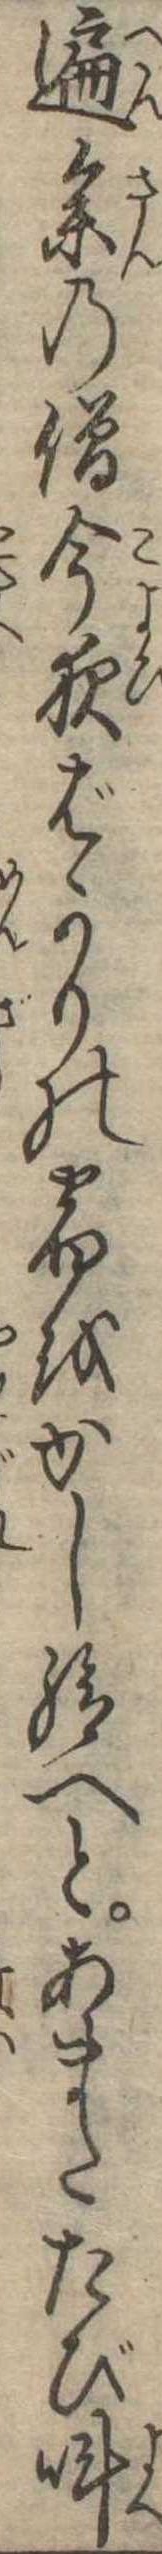
遍参の僧今夜ばかりの宿をかし給へとあまたたび叫